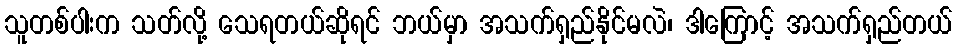
သူတစ်ပါးက သတ်လို့ သေရတယ်ဆိုရင် ဘယ်မှာ အသက်ရှည်နိုင်မလဲ၊ ဒါကြောင့် အသက်ရှည်တယ်